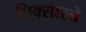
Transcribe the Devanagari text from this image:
पिक्सारने